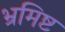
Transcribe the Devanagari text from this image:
भ्रमिष्ट